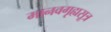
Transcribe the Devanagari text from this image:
मानवगृह्यसूत्र